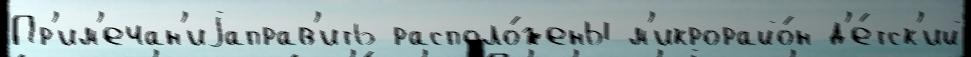
Пр'им'ечан'иjаправ'ить располо́жены м'икрорайо́н д'е́тск'ий